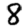
Digit: 8